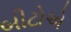
બીટોએ